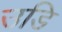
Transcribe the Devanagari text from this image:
उडि